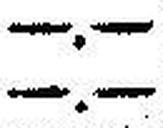
—.—